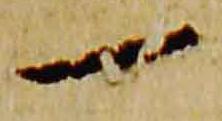
一